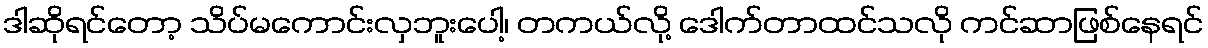
ဒါဆိုရင်တော့ သိပ်မကောင်းလှဘူးပေါ့၊ တကယ်လို့ ဒေါက်တာထင်သလို ကင်ဆာဖြစ်နေရင်